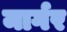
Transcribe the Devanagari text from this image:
मार्गर